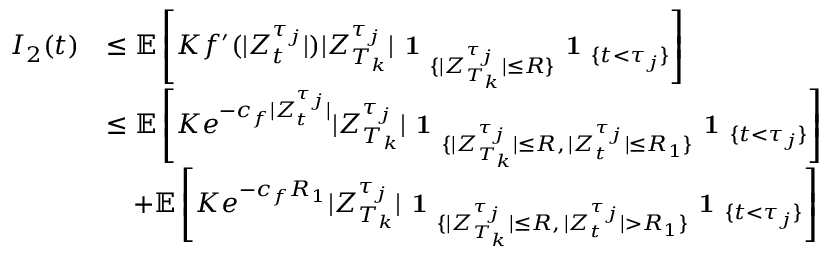
\begin{array} { r l } { I _ { 2 } ( t ) } & { \leq \mathbb { E } \left[ K f ^ { \prime } ( | Z _ { t } ^ { \tau _ { j } } | ) | Z _ { T _ { k } } ^ { \tau _ { j } } | \textbf { 1 } _ { \{ | Z _ { T _ { k } } ^ { \tau _ { j } } | \leq R \} } \textbf { 1 } _ { \{ t < \tau _ { j } \} } \right] } \\ & { \le \mathbb { E } \left[ K e ^ { - c _ { f } | Z _ { t } ^ { \tau _ { j } } | } | Z _ { T _ { k } } ^ { \tau _ { j } } | \textbf { 1 } _ { \{ | Z _ { T _ { k } } ^ { \tau _ { j } } | \leq R , \, | Z _ { t } ^ { \tau _ { j } } | \leq R _ { 1 } \} } \textbf { 1 } _ { \{ t < \tau _ { j } \} } \right] } \\ & { \quad + \mathbb { E } \left[ K e ^ { - c _ { f } R _ { 1 } } | Z _ { T _ { k } } ^ { \tau _ { j } } | \textbf { 1 } _ { \{ | Z _ { T _ { k } } ^ { \tau _ { j } } | \leq R , \, | Z _ { t } ^ { \tau _ { j } } | > R _ { 1 } \} } \textbf { 1 } _ { \{ t < \tau _ { j } \} } \right] } \end{array}